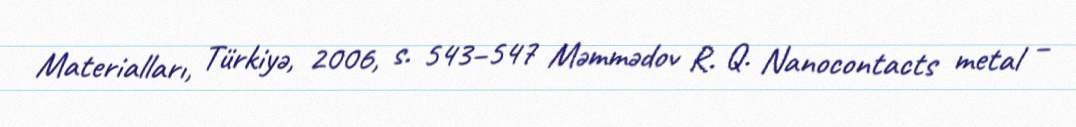
Materialları, Türkiyə, 2006, s. 543–547 Məmmədov R. Q. Nanocontacts metal –